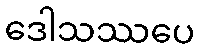
ဒေါသဿပေ